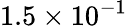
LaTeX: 1.5\times 10^{-1}